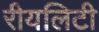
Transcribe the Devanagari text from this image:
रीयलिटी